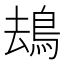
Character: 𩿹